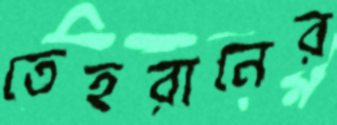
তেহরানের